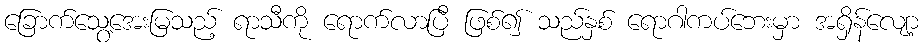
ခြောက်သွေ့အေးမြသည့် ရာသီကို ရောက်လာပြီ ဖြစ်၍ သည်နှစ် ရောဂါကပ်ဘေးမှာ အရှိန်လျော့